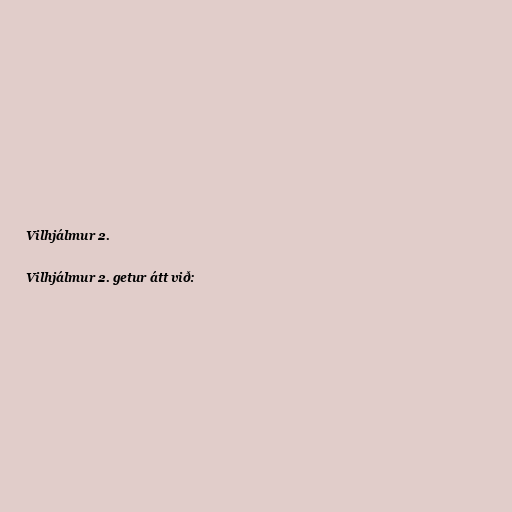
Vilhjálmur 2.

Vilhjálmur 2. getur átt við: